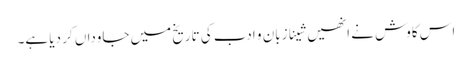
اس کاوش نے انھیں شینا زبان و ادب کی تاریخ میں جاوداں کر دیا ہے۔